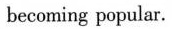
becoming popular.